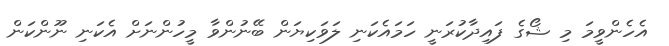
އެހެންވީމަ މި ޝޯގެ ފައިދާކުރަނީ ހަމައެކަނި ލަވަކިޔަން ބޭނުންވާ މީހުންނަށް އެކަނި ނޫންކަން